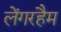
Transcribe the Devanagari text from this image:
लेंगरहैम